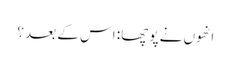
انھوں نے پوچھا: اس کے بعد ؟